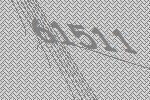
61511